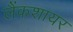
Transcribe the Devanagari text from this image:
लैंकशायर